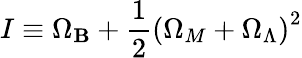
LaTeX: I\equiv\Omega_{\mathbf{B}}+\frac{{1}}{{2}}\left(\Omega_{M}+\Omega_{\Lambda}\right)^{2}